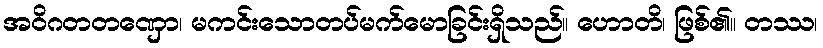
အဝိဂတတဏှော၊ မကင်းသောတပ်မက်မောခြင်းရှိသည်။ ဟောတိ၊ ဖြစ်၏။ တဿ၊